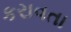
કરાવતા